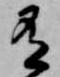
有